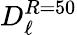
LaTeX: D_{\ell}^{R=50}